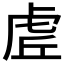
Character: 虗